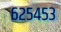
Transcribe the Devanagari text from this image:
६२५४५३